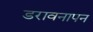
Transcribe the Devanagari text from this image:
डरावनापन